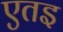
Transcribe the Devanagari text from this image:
एतइ